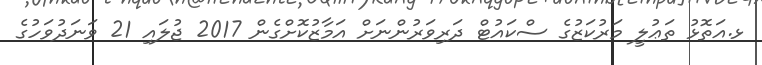
ޅ.އަތޮޅު ތަޢުލީ މަރުކަޒުގެ ސްކައުޓް ދަރިވަރުންނަށް އަމާޒުކޮށްގެން 2017 ޖުލައި 21 ވަނަދުވަހުގެ